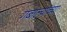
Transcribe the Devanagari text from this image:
गबाल्यांच्या